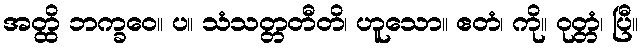
အတ္ထိ ဘက္ခဝေ။ ပ။ သံသတ္တတီတိ၊ ဟူသော။ ဧတံ၊ ကို။ ဝုတ္တံ၊ ပြီ။